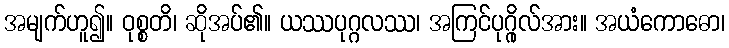
အမျက်ဟူ၍။ ဝုစ္စတိ၊ ဆိုအပ်၏။ ယဿပုဂ္ဂလဿ၊ အကြင်ပုဂ္ဂိုလ်အား။ အယံကောဓော၊